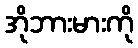
အိုဘားမားကို